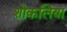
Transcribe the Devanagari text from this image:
शोकलिया